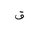
Letter: _qaf